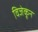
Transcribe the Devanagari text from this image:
विजेकून